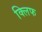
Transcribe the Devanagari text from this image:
क्‍लिफ